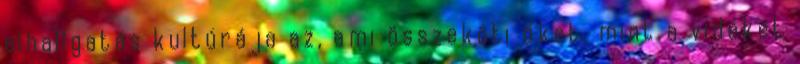
elhallgatás kultúrája az, ami összeköti őket, mint a vidéket